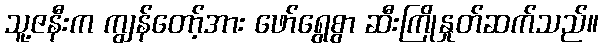
သူ့ဇနီးက ကျွန်တော့်အား ဖော်ရွေစွာ ဆီးကြိုနှုတ်ဆက်သည်။